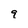
Character: 9